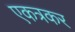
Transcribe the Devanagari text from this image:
एकत्रकर